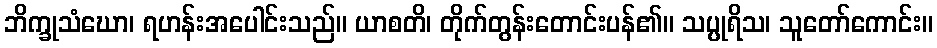
ဘိက္ခုသံဃော၊ ရဟန်းအပေါင်းသည်။ ယာစတိ၊ တိုက်တွန်းတောင်းပန်၏။ သပ္ပုရိသ၊ သူတော်ကောင်း။